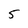
Character: 5